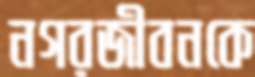
নগরজীবনকে